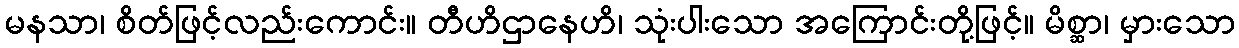
မနသာ၊ စိတ်ဖြင့်လည်းကောင်း။ တီဟိဌာနေဟိ၊ သုံးပါးသော အကြောင်းတို့ဖြင့်။ မိစ္ဆာ၊ မှားသော